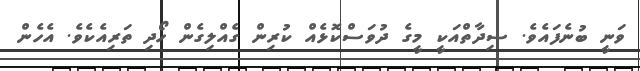
ވަނީ ބުނެފައެވެ. ސިދާތްއަކީ މީގެ ދުވަސްކޮޅެއް ކުރިން ގެއްލިގެން ހޯދި ތަރިއެކެވެ. އެހެން